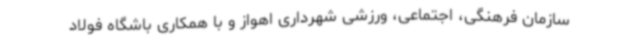
سازمان فرهنگی، اجتماعی، ورزشی شهرداری اهواز و با همکاری باشگاه فولاد